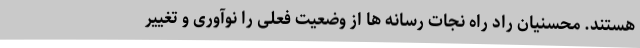
هستند. محسنیان راد راه نجات رسانه ها از وضعیت فعلی را نوآوری و تغییر